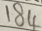
\overline { 1 8 4 }